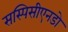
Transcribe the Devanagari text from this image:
सस्पिसीएनडो